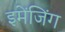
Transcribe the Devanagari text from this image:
इमेंजिंग